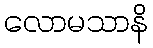
လောမသာနိ